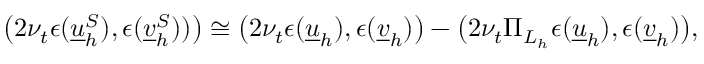
\big ( 2 \nu _ { t } \epsilon ( \underline { { u } } _ { h } ^ { S } ) , \epsilon ( \underline { { v } } _ { h } ^ { S } ) ) \big ) \cong \big ( 2 \nu _ { t } \epsilon ( \underline { { u } } _ { h } ) , \epsilon ( \underline { { v } } _ { h } ) \big ) - \big ( 2 \nu _ { t } \Pi _ { L _ { h } } \epsilon ( \underline { { u } } _ { h } ) , \epsilon ( \underline { { v } } _ { h } ) \big ) ,